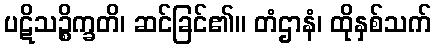
ပဋိသဉ္စိက္ခတိ၊ ဆင်ခြင်၏။ တံဌာနံ၊ ထိုနှစ်သက်